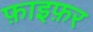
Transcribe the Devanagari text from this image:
फ़ाइफ़र